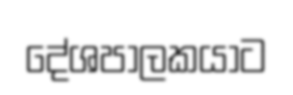
දේශපාලකයාට